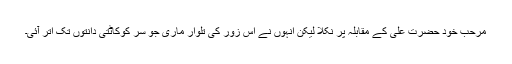
مرحب خود حضرت علیؓ کے مقابلہ پر نکلا لیکن انہوں نے اس زور کی تلوار ماری جو سر کوکاٹتی دانتوں تک اتر آئی۔